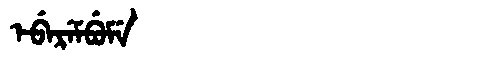
Manchu: ᡝᠪᡝᡵᡝᠮᠪᡠᠮᡝ
Romanization: EBEREMBUME